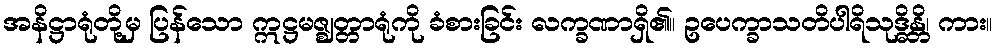
အနိဋ္ဌာရုံတို့မှ ပြန်သော ဣဋ္ဌမဇ္ဈတ္တာရုံကို ခံစားခြင်း လက္ခဏာရှိ၏။ ဥပေက္ခာသတိပါရိသုဒ္ဓိန္တိ၊ ကား။